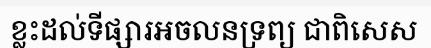
ខ្លះដល់ទីផ្សារអចលនទ្រព្យ ជាពិសេស